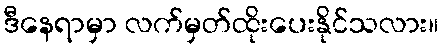
ဒီနေရာမှာ လက်မှတ်ထိုးပေးနိုင်သလား။